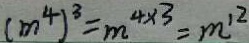
( m ^ { 4 } ) ^ { 3 } = m ^ { 4 \times 3 } = m ^ { 1 2 }